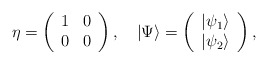
\begin{align*}\eta=\left( \begin{array}{cc} 1 & 0\\ 0 & 0 \end{array} \right),\quad |\Psi\rangle =\left( \begin{array}{c} |\psi_{1}\rangle\\ |\psi_{2}\rangle \end{array} \right),\end{align*}